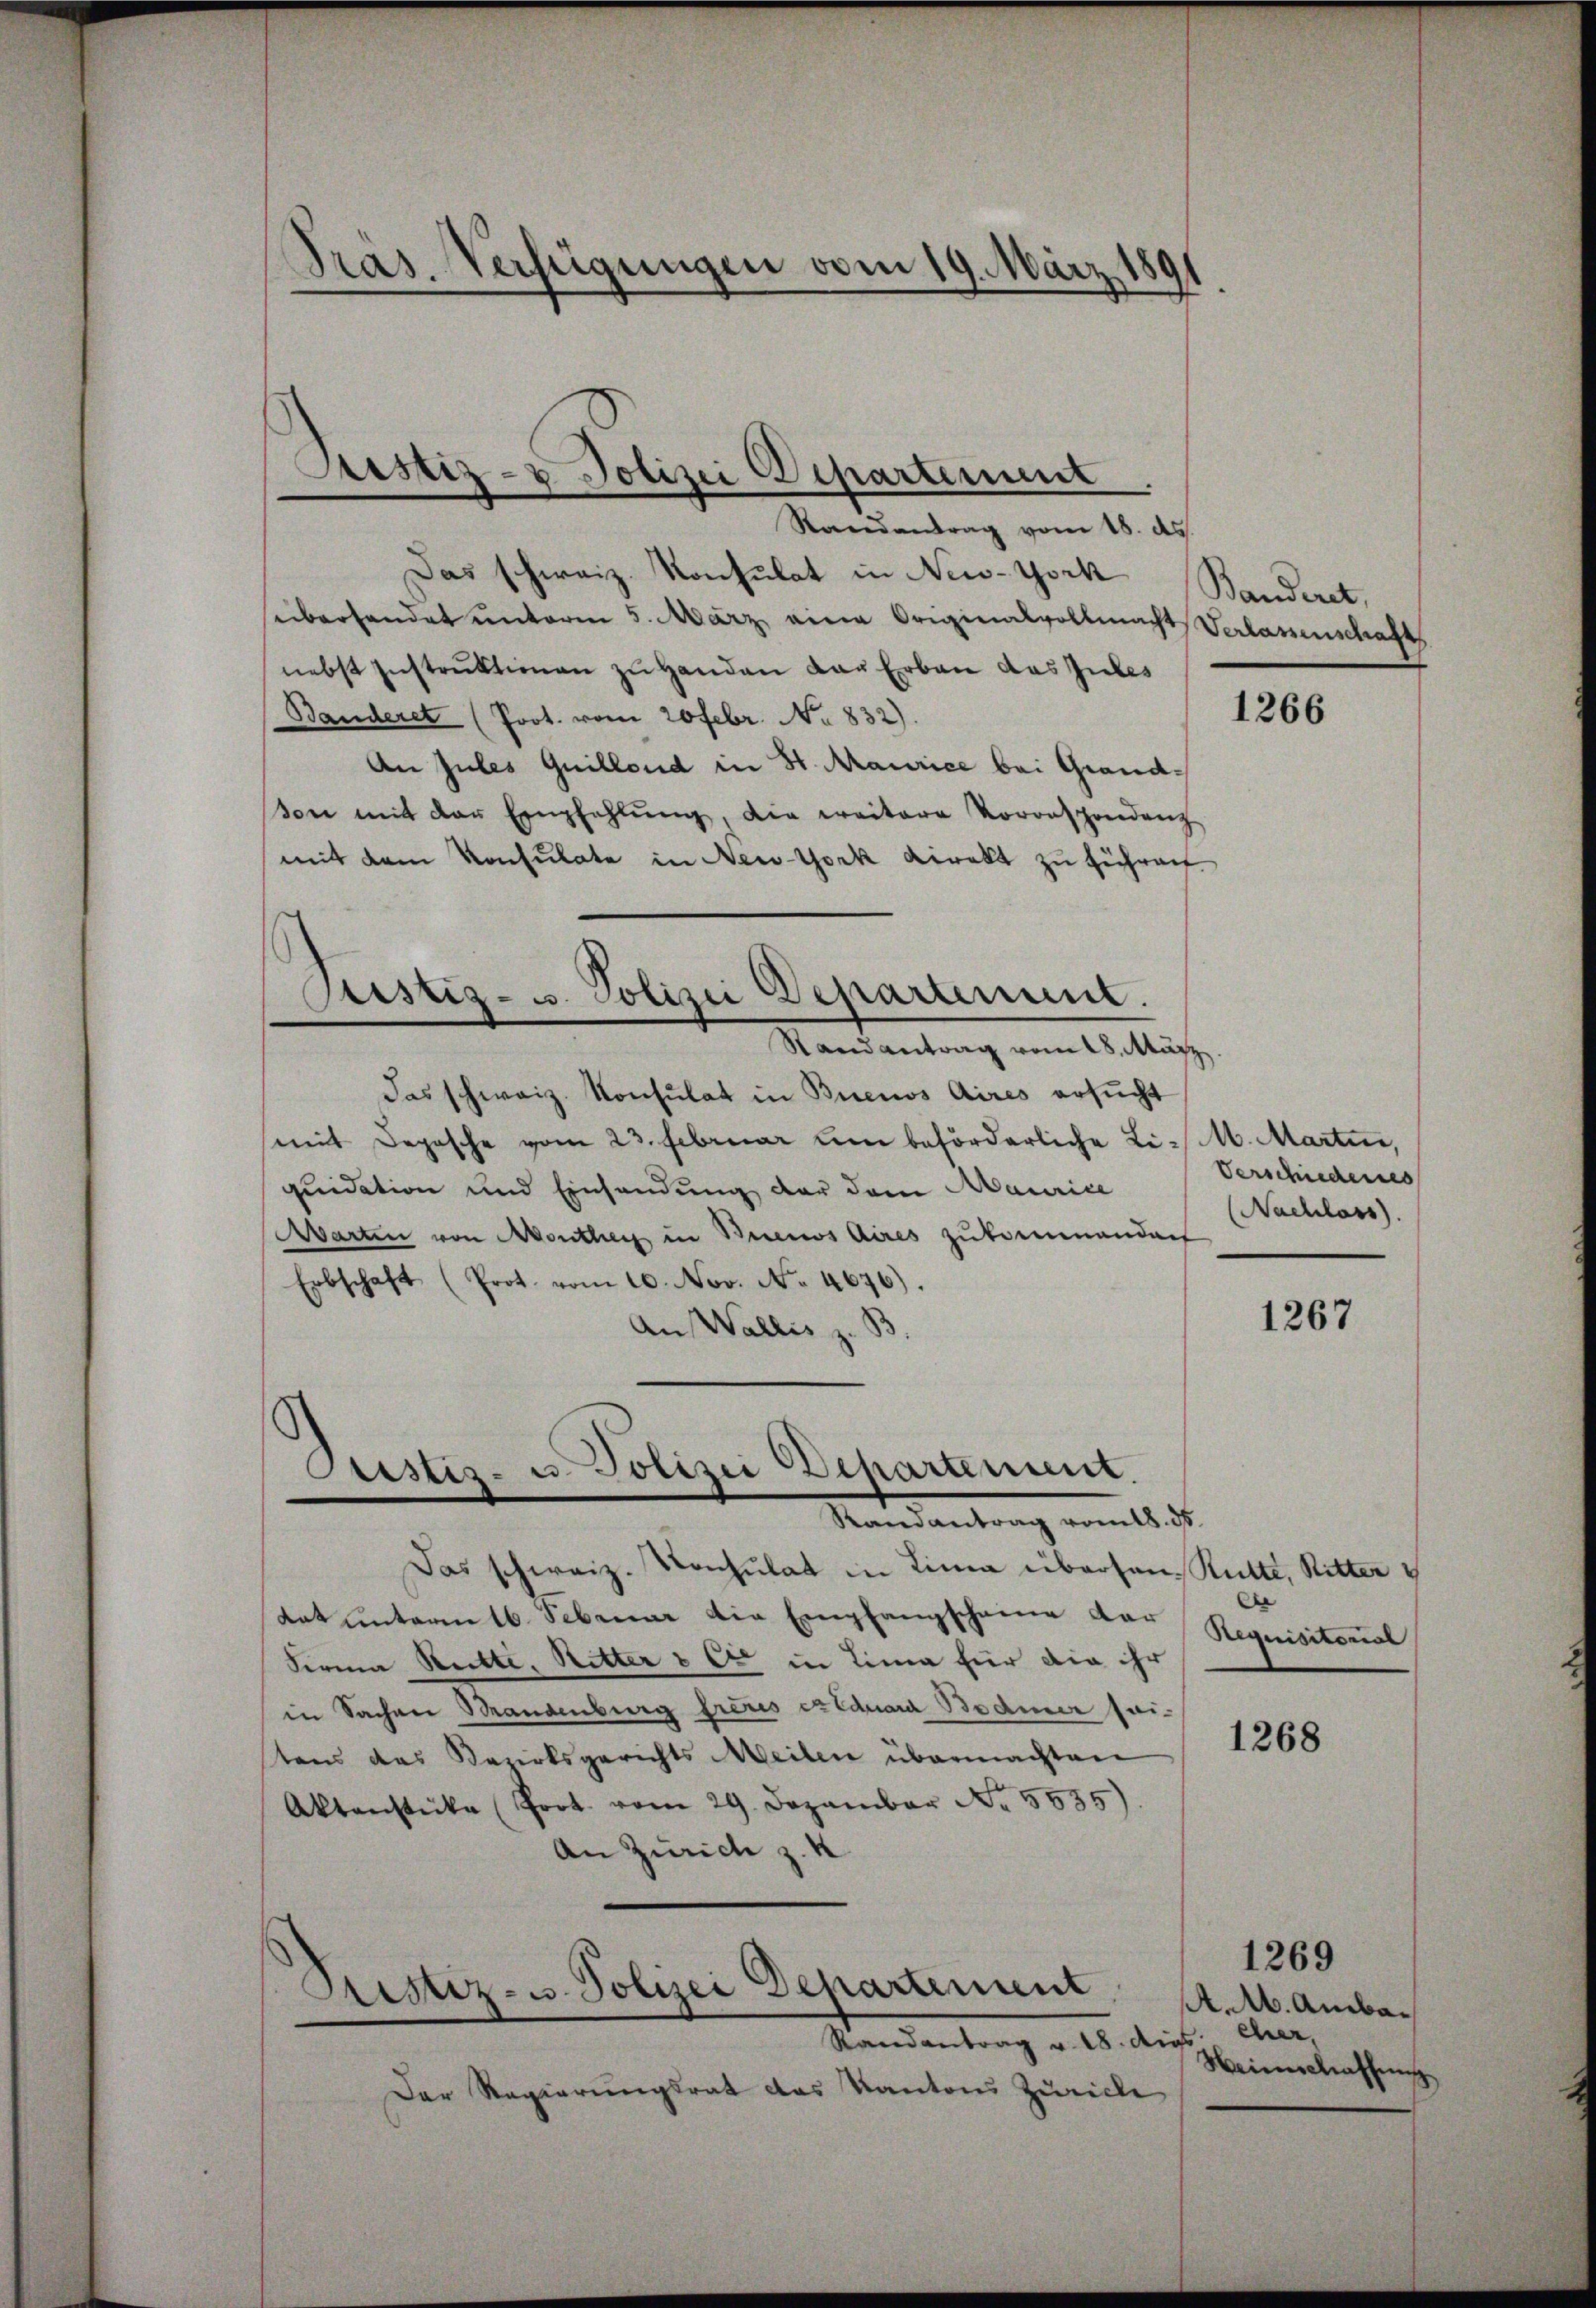
Pras. Verfügungen vom 19. März 181
.

Randantrag vom 18. ds.
Das schweiz. Konsulat in New-York
süberhandet unterm 5. März eine Originalvollmacht Verlassenschaft
nebst Instruktionen zu Handen der Erbau das Jubes
Banderet (Prot. vom 20 Febr. No 832).
An Jules Quillend in St. Maurice bei Grandon mit der Empfehlŭng, die weitere Vororspondenz
mit dem Konsulate in New-York Direkt zu führen
Justiz- u. Polizei Departement.
Randantrag vom 28. März
das schweiz. Konsulat in Buenos Aires ersucht
(mit Depesche vom 23. Februar um beförderliche Li-M. Martin,
quidation und Einsendung der dem Maurice
Aarten von Monthey in Buenos Aires zukommendach
Erbschaft (Prot. vom 10. Nov. No. 4676).
An Wallis z. B.

Justiz- & Polizei Departement

Sistis- u. Polizei Departement.
Randantrag vom 18. 35.

Prustiz- u. Polizei Departement

Das schweiz. Konsulat in Lina überson, Statte, Ritter
Rat unterm 16. Februar die Empfangscheine dar
Firma Reitte, Ritter & Cie in Lina für die ihr
in Sachen Mandenburg frères er Eduard Bodmer seitens das Bezirksgerichts Meilen übermachten
Aktenstücke (Prot. vom 29. Dezember Nr. 5535)
An Zürich z. K

Randantrag v. 18. Augs
Der Regierungsrat das Kantons Zürich

Banderet,

1266

Verschiedenes
(Nachlass).

1267

e
Requisitorial

1268

1269
A.M. Ambaeher.
Heimschaffung